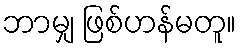
ဘာမျှ ဖြစ်ဟန်မတူ။